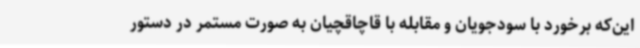
این‌که برخورد با سودجویان و مقابله با قاچاقچیان به صورت مستمر در دستور